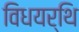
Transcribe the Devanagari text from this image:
विधयर्थि